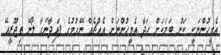
އެމީހުންނަކީ ކަނު ބަޔަކަށް ހަދާ އެމީހުންނަށް އެއްޗެއް ނޭގުމުގެ ފައިދާނަގާ ލޯނޭ ތިޖޫރީއޭ